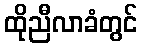
ထိုညီလာခံတွင်